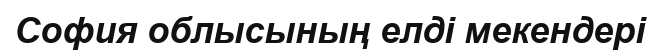
София облысының елді мекендері